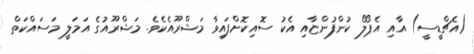
(އެޗްޑީސީ) އާއި އެޕޯލޯ ކުންފުންޏާއި އެކު ސޮއިކޮށްފައިވާ މަޝްރޫއެކެވެ. މަޝްރޫއުގެ އަމަލީ މަސައްކަތް